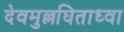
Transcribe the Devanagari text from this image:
देवमुल्लघिताध्वा